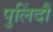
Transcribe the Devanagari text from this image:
पुलिंदौं